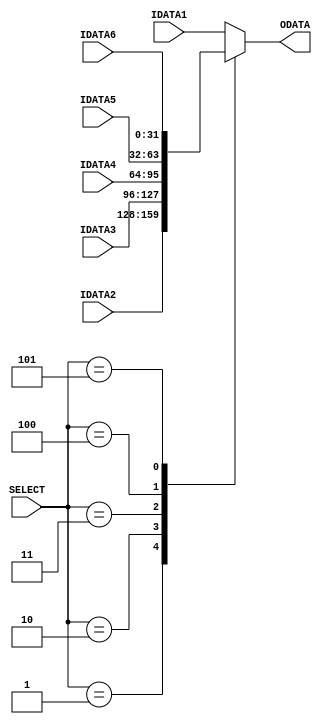
module dataMux6(
IDATA1  ,	// First Input Data (Input)
IDATA2  ,	// Second Input Data (Input)
IDATA3  ,	// Third Input Data (Input)
IDATA4  ,	// Fourth Input Data (Input)
IDATA5  ,	// Fifth Input Data (Input)
IDATA6  ,	// Sixth Input Data (Input)
SELECT  ,	// Select Input Data (Input)
ODATA       // Output Data (Output)
);

parameter DATA_WIDTH = 32;

//--------------Input Ports----------------------------
input   [DATA_WIDTH-1:0] 	IDATA1;
input   [DATA_WIDTH-1:0] 	IDATA2;
input   [DATA_WIDTH-1:0] 	IDATA3;
input   [DATA_WIDTH-1:0] 	IDATA4;
input   [DATA_WIDTH-1:0] 	IDATA5;
input   [DATA_WIDTH-1:0] 	IDATA6;
input   [2:0]               SELECT;

//--------------Output Ports---------------------------
output reg  [DATA_WIDTH-1:0]    ODATA;

//-------------Processing Starts Here------------------

// Multiplexer Selection Block
always @ (IDATA1 or IDATA2 or IDATA3 or IDATA4 or IDATA5 or IDATA6 or SELECT) begin
	case (SELECT)
		3'b000: ODATA = IDATA1;
		3'b001: ODATA = IDATA2;
		3'b010: ODATA = IDATA3;
		3'b011: ODATA = IDATA4;
		3'b100: ODATA = IDATA5;
		3'b101: ODATA = IDATA6;
		default: ODATA = IDATA1;
	endcase
end

endmodule